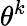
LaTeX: \theta^{k}